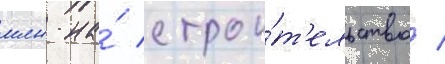
млн на́ строи́т'ельство /